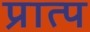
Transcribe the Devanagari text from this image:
प्रात्प